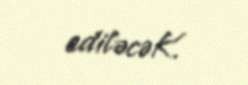
ediləcəK.